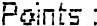
POINTS :